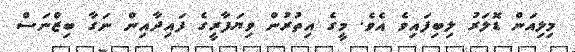
މިލިއަން ޑޮލަރު ލިބިފައިވެ އެވެ. މީގެ އިތުރުން ވިޔަފާރީގެ ފައިދާއިން ނަގާ ބިޒްނަސް